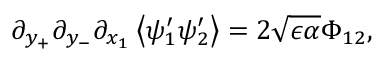
\partial _ { y _ { + } } \partial _ { y _ { - } } \partial _ { x _ { 1 } } \left\langle \psi _ { 1 } ^ { \prime } \psi _ { 2 } ^ { \prime } \right\rangle = 2 \sqrt { \epsilon \alpha } \Phi _ { 1 2 } ,